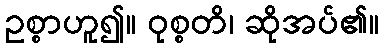
ဥစ္စာဟူ၍။ ဝုစ္စတိ၊ ဆိုအပ်၏။